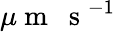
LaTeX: \mu\mathrm{~m~}\ \mathrm{~s~}^{-1}